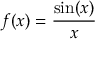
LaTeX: f ( x ) = { \frac { \sin ( x ) } { x } }